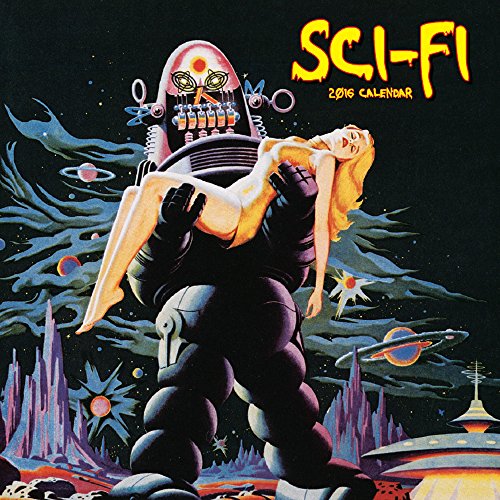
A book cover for Sci-Fi (CL53330); Catch Publishing; Calendars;